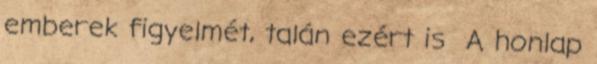
emberek figyelmét, talán ezért is A honlap